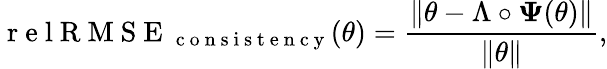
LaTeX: \mathrm{~r~e~l~R~M~S~E~}_{\mathrm{~c~o~n~s~i~s~t~e~n~c~y~}}(\theta)=\frac{\| \theta-\Lambda\circ\boldsymbol{\Psi}(\theta)\| }{\| \theta\| },